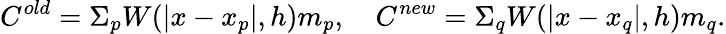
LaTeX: C^{old}=\Sigma_{p}{W(|x-x_{p}|,h)m_{p}},\quad C^{new}=\Sigma_{q}{W(|x-x_{q}|,h)m_{q}}.